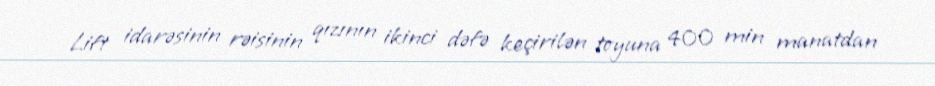
Lift idarəsinin rəisinin qızının ikinci dəfə keçirilən toyuna 400 min manatdan